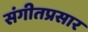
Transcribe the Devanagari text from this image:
संगीतप्रसार